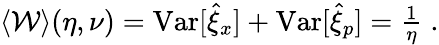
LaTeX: \begin{array}{r}{\langle\mathcal{W}\rangle(\eta,\nu)=\mathrm{Var}[\hat{\xi}_{x}]+\mathrm{Var}[\hat{\xi}_{p}]=\frac{1}{\eta}\; .}\end{array}